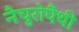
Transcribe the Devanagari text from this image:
नैचुरोपैथी